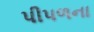
પીપળના